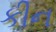
કીન